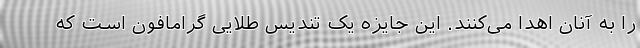
را به آنان اهدا می‌کنند. این جایزه یک تندیس طلایی گرامافون است که